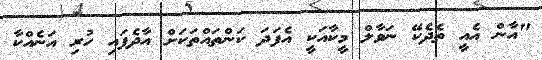
"އާން އެއީ ތެދެކޭ ނަވާލް މީކާއަކީ އެފަދަ ކަންތައްތަކަށް އާދެފައި ހުރި އަނެއްކާ